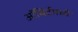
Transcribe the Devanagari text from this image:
ऑबिर्टमध्ये